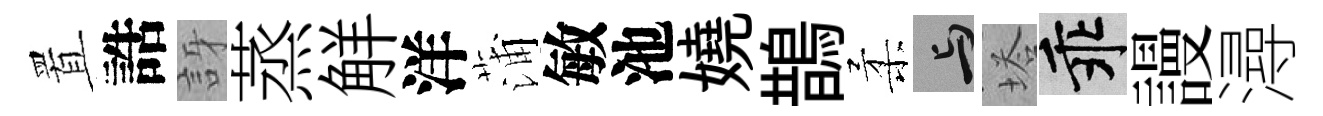
置誥訝蒸觧洋蒲敏池嬈鵲柔与塔乖謾潯